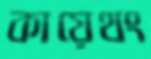
কায়েথং